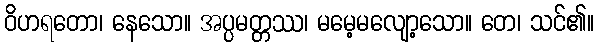
ဝိဟရတော၊ နေသော။ အပ္ပမတ္တဿ၊ မမေ့မလျော့သော။ တေ၊ သင်၏။